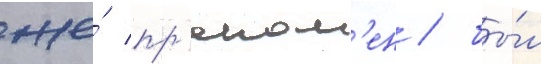
же́ пр'еном'ен / бы́л